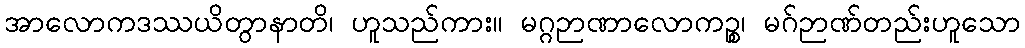
အာလောကဒဿယိတွာနာတိ၊ ဟူသည်ကား။ မဂ္ဂဉာဏာလောကဉ္စ၊ မဂ်ဉာဏ်တည်းဟူသော